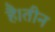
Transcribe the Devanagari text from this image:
है।तीन